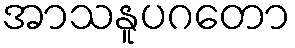
အာသနူပဂတော